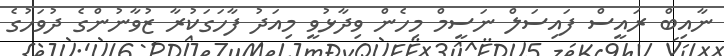
ނާއިބް ރައީސް ފައިސަލް ނަސީމް މިހެން ވިދާޅުވީ މިއަދު ފާހަގަކުރާ ޒުވާނުންގެ ދުވަހުގެ